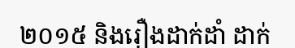
២០១៥ និងរឿងដាក់ដាំ ដាក់